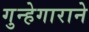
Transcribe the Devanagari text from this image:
गुन्हेगाराने